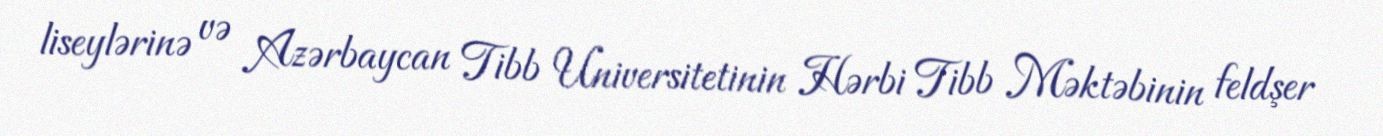
liseylərinə və Azərbaycan Tibb Universitetinin Hərbi Tibb Məktəbinin feldşer